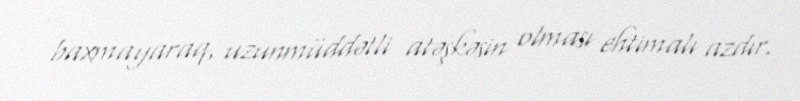
baxmayaraq, uzunmüddətli atəşkəsin olması ehtimalı azdır.